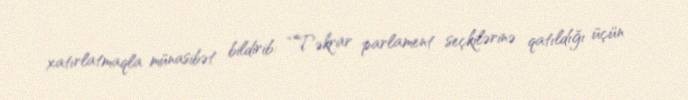
xatırlatmaqla münasibət bildirib: “Təkrar parlament seçkilərinə qatıldığı üçün